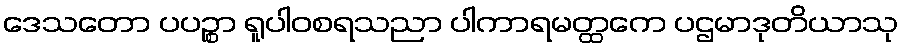
ဒေသတော ပပဉ္စာ ရူပါဝစရသညာ ပါကာရမတ္ထကေ ပဌမာဒုတိယာသု